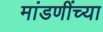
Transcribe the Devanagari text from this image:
मांडणींच्या